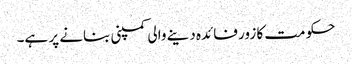
حکومت کا زور فائدہ دینے والی کمپنی بنانے پر ہے۔